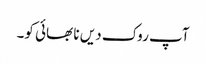
آپ روک دیں نا بھائی کو۔